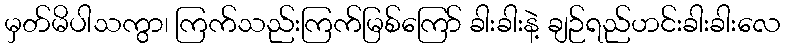
မှတ်မိပါသကွာ၊ ကြက်သည်းကြက်မြစ်ကြော် ခါးခါးနဲ့ ချဉ်ရည်ဟင်းခါးခါးလေ